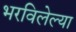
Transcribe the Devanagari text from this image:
भरविलेल्या